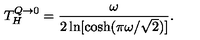
T _ { H } ^ { Q \to 0 } = { \frac { \omega } { 2 \ln [ \cosh ( \pi \omega / \sqrt 2 ) ] } } .